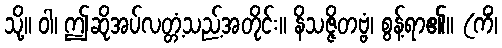
သို့။ ဝါ၊ ဤဆိုအပ်လတ္တံ့သည့်အတိုင်း။ နိသဇ္ဇိတဗ္ဗံ၊ စွန့်ရာ၏။ (ကိံ၊